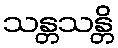
သန္တသန္တိ